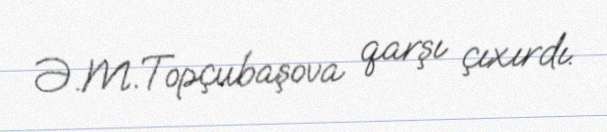
Ə.M.Topçubaşova qarşı çıxırdı.